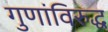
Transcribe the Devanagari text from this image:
गुणांविरुद्ध